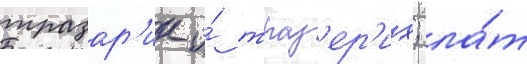
тразар'ик и́ траз'ер'их; ла́т